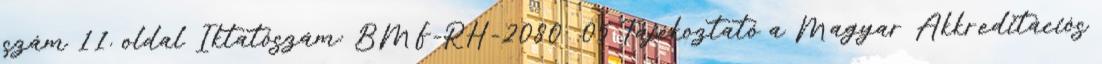
szám 11. oldal Iktatószám: BMF-RH-2080 05 Tájékoztató a Magyar Akkreditációs